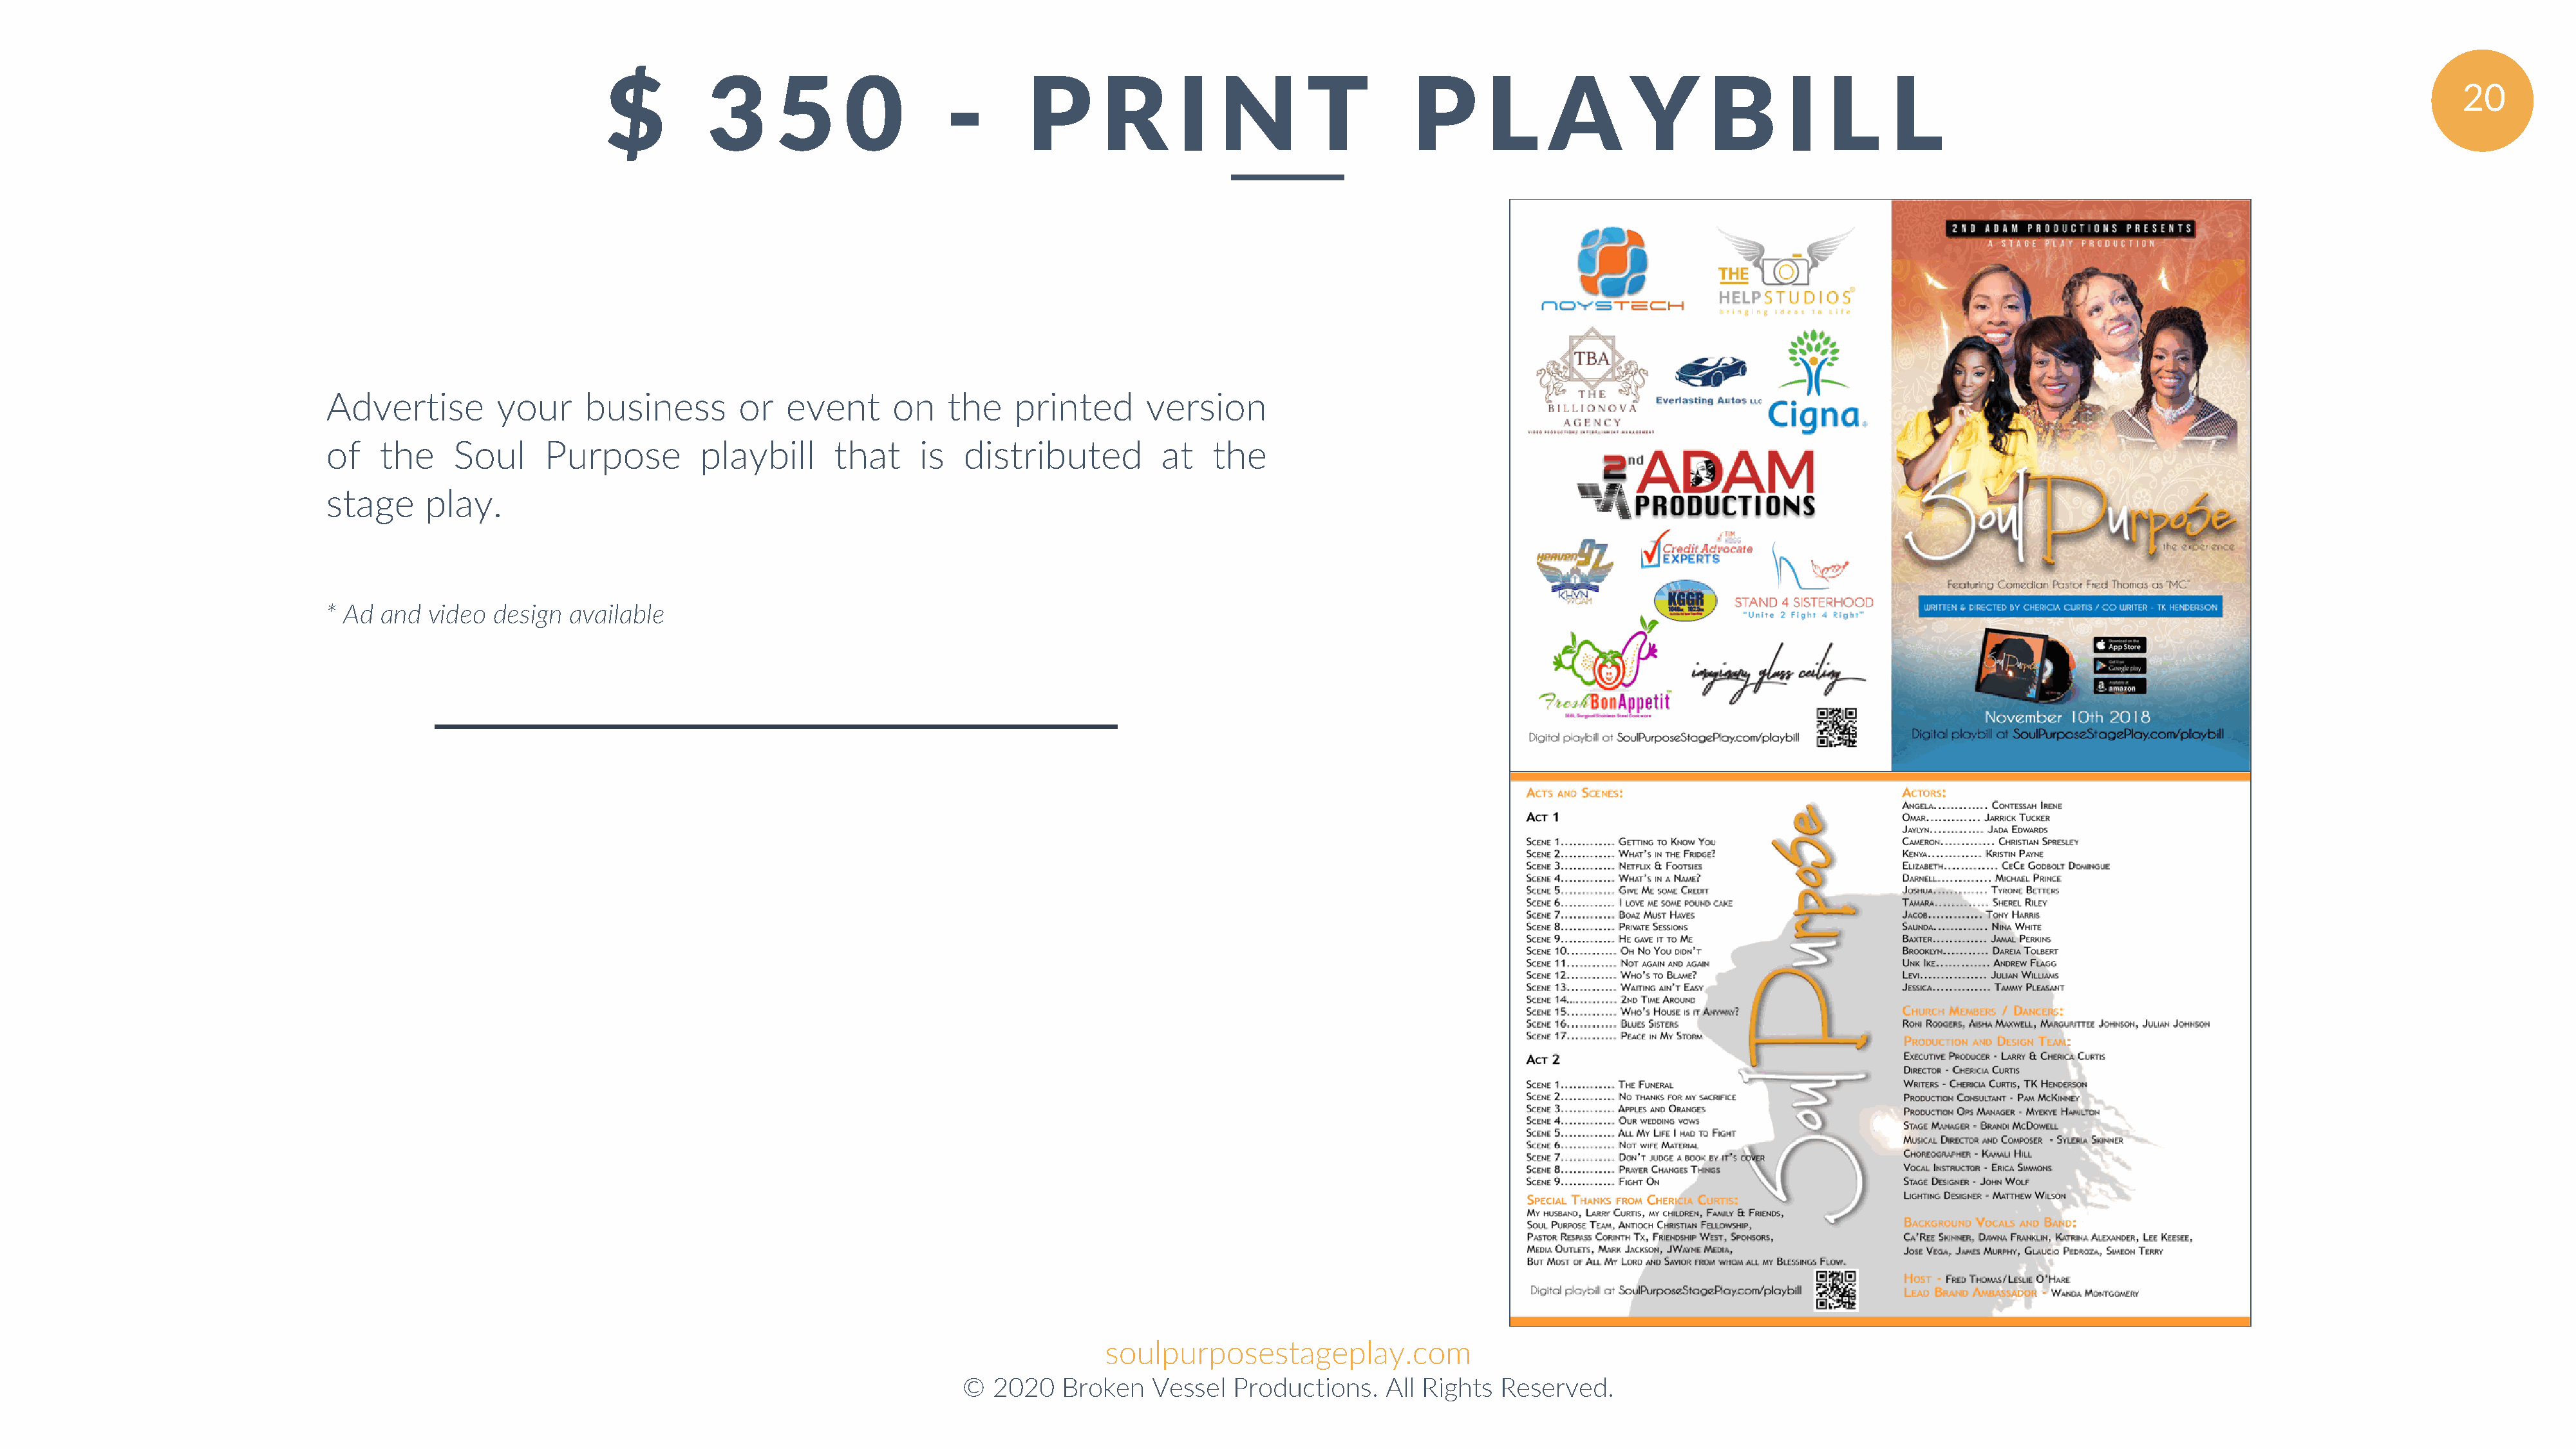
$          3      5      0         -        P      R       I   N        T          P       L     A        Y       B       I   L     L
 20
 Advertise        your     business        or   event      on   the    printed       version
 of   the     Soul     Purpose         playbill      that     is  distributed         at    the
 stage     play.
 * Ad and  video  design  available
 soulpurposestageplay.com
 ©  2020   Broken   Vessel   Productions.   All Rights  Reserved.